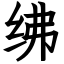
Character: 绋